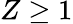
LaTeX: Z\ge 1